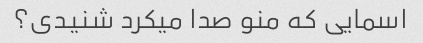
اسمایی که منو صدا میکرد شنیدی؟